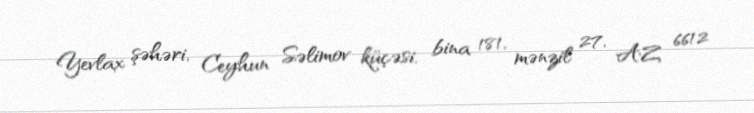
Yevlax şəhəri, Ceyhun Səlimov küçəsi, bina 181, mənzil 27, AZ 6612